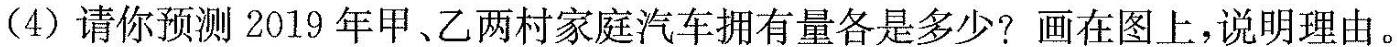
(4)请你预测2019年甲、乙两村家庭汽车拥有量各是多少?画在图上，说明理由。